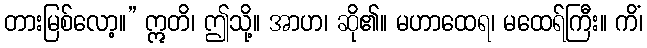
တားမြစ်လော့။” ဣတိ၊ ဤသို့။ အာဟ၊ ဆို၏။ မဟာထေရ၊ မထေရ်ကြီး။ ကိံ၊